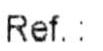
REF.: